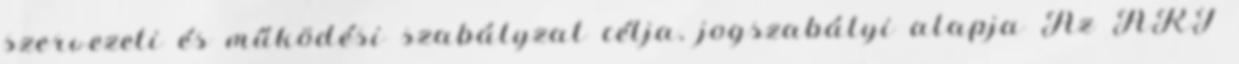
szervezeti és működési szabályzat célja, jogszabályi alapja Az ART